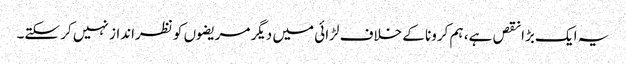
یہ ایک بڑا نقص ہے، ہم کرونا کے خلاف لڑائی میں دیگر مریضوں کو نظرانداز نہیں کر سکتے۔